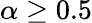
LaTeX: \alpha\geq 0.5